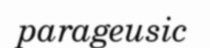
parageusic